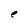
Character: e